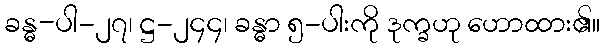
ခန္ဓ-ပါ-၂၇၊ ဋ္ဌ-၂၄၄၊ ခန္ဓာ ၅-ပါးကို ဒုက္ခဟု ဟောထား၏။